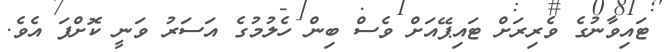
ޓައިވާނުގެ ވެރިރަށް ޓައިޕޭއަށް ވެސް ބިން ހެލުމުގެ އަސަރު ވަނީ ކޮށްފަ އެވެ.